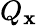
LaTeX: Q_{\mathbf{x}}